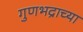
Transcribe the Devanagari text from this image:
गुणभद्राच्या